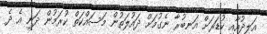
އަލިދުއާއި ކުޑަރަށް އަނބުރާ ނެގުމަށް ދައުލަތުން މަސައްކަތް ކުރަމުން ދަނީ އެ ދެ